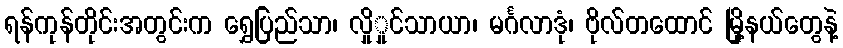
ရန်ကုန်တိုင်းအတွင်းက ရွှေပြည်သာ၊ လှိုှုင်သာယာ၊ မင်္ဂလာဒုံ၊ ဗိုလ်တထောင် မြို့နယ်တွေနဲ့